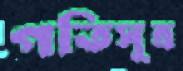
গতিসূত্র